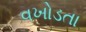
વખોડતા